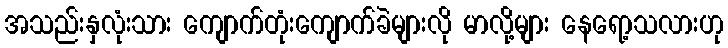
အသည်းနှလုံးသား ကျောက်တုံးကျောက်ခဲများလို မာလို့များ နေရော့သလားဟု